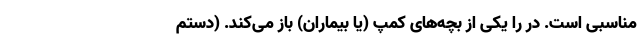
مناسبی است. در را یکی از بچه‌های کمپ (یا بیماران) باز می‌کند. (دستم